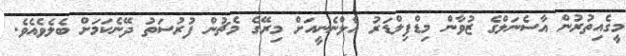
މީގެއިތުރުން އާސެނަލްގެ ޒުވާން މިޑްފިލްޑަރު އެލްނެނީއަށް މިރޭގެ މެޗުން ފުރުސަތު ދޭނެކަމަށް ބެލެވެއެވެ.